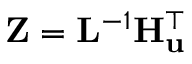
\mathbf { Z } = \mathbf { L } ^ { - 1 } \mathbf { H } _ { \mathbf { u } } ^ { \top }